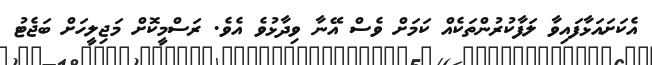
އެކަށައަޅާފައިވާ ލަފާކުރުންތަކެއް ކަމަށް ވެސް އޭނާ ވިދާޅުވެ އެވެ. ރަސްމީކޮށް މަޖިލީހަށް ބަޖެޓު